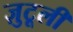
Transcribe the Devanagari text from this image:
ज़ुटूली